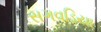
સગવડિયા